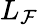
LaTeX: L_{\mathcal{F}}